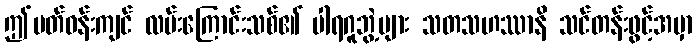
ဤပတ်ဝန်းကျင် လမ်းကြောင်းသစ်၏ ပါရဂူဘွဲ့များ သတသဟဿာနိ သင်တန်းဖွင့်အမှာ